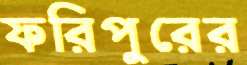
ফরিপুরের